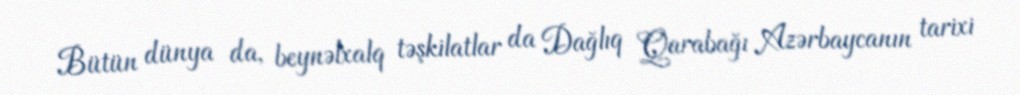
Bütün dünya da, beynəlxalq təşkilatlar da Dağlıq Qarabağı Azərbaycanın tarixi